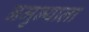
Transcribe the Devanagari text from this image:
नमुन्याला